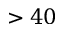
> 4 0